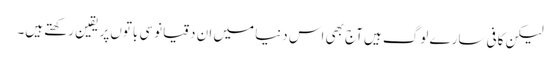
‌لیکن کافی سارے لوگ ہیں آج بھی اس دنیا میں‌ ان دقیانوسی باتوں‌پر یقین رکھتے ہیں۔